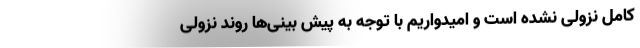
کامل نزولی نشده است و امیدواریم با توجه به پیش بینی‌ها روند نزولی